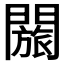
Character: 𬮐